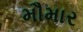
મૌમાર